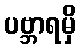
ပဗ္ဘာရမှိ